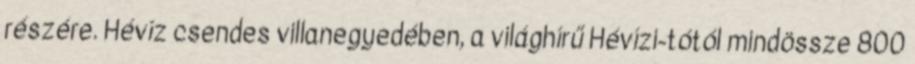
részére. Hévíz csendes villanegyedében, a világhírű Hévízi-tótól mindössze 800